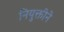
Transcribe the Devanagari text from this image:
नियुक्तीने